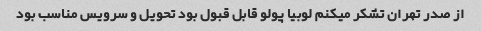
از صدر تهران تشکر میکنم لوبیا پولو قابل قبول بود تحویل و سرویس مناسب بود